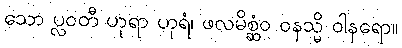
သော ပ္လဝတီ ဟုရာ ဟုရံ၊ ဖလမိစ္ဆံဝ ဝနသ္မိ ဝါနရော။